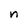
Character: n